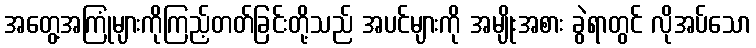
အတွေ့အကြုံများကိုကြည့်တတ်ခြင်းတို့သည် အပင်များကို အမျိုးအစား ခွဲရာတွင် လိုအပ်သော